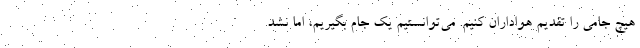
هیچ جامی را تقدیم هواداران کنیم. می‌توانستیم یک جام بگیریم، اما نشد